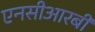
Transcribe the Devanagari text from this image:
एनसीआरबी